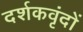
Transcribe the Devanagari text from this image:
दर्शकवृंदों